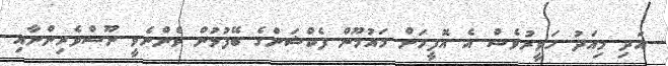
އަދި މިއަދު ހަވީރުވެސް އެ އޮފީހަށް މައުމޫން ފެކްޝަންގެ ބޭފުޅުން ވެންނެވީ ނޫސްވެރިންނާއި